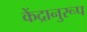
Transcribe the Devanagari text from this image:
केंद्रानुरूप